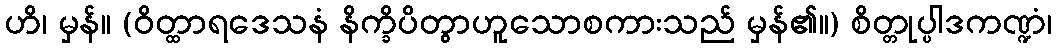
ဟိ၊ မှန်။ (ဝိတ္ထာရဒေသနံ နိက္ခိပိတွာဟူသောစကားသည် မှန်၏။) စိတ္တုပ္ပါဒကဏ္ဍံ၊